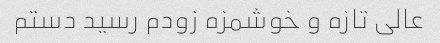
عالی تازه و خوشمزه زودم رسید دستم